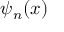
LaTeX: \psi _ { n } ( x )